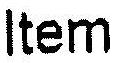
ITEM